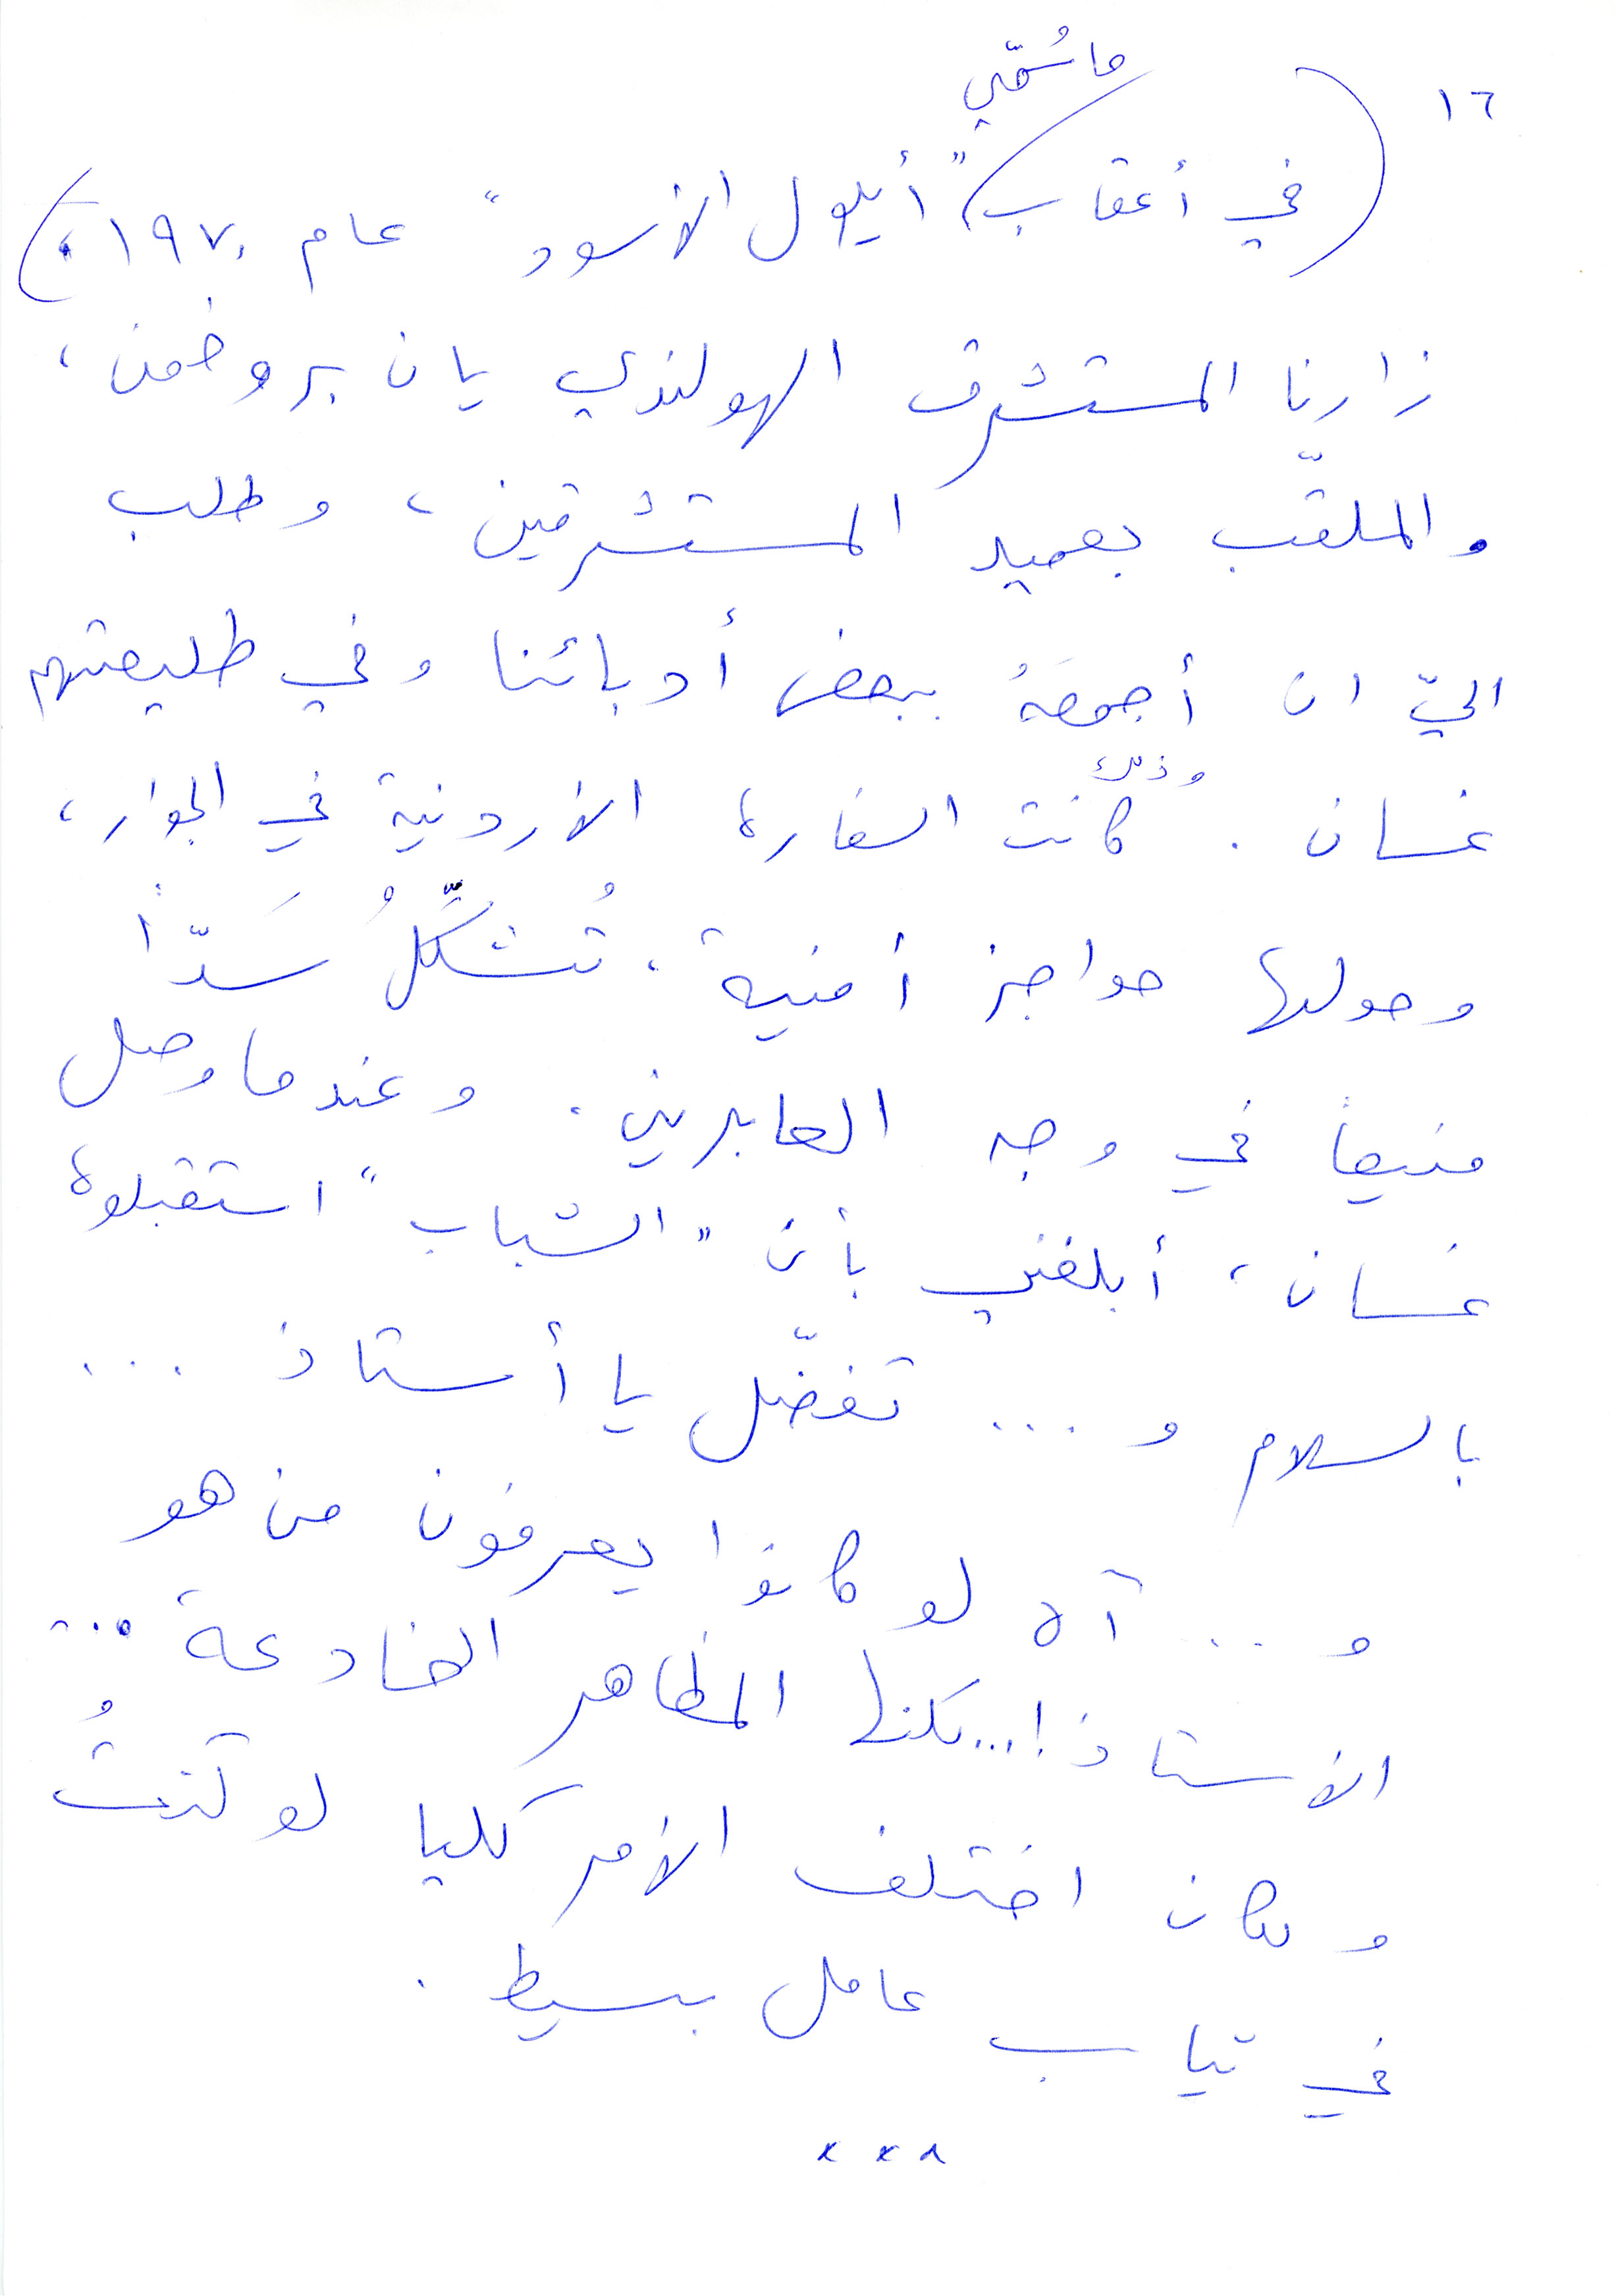
ما سمّي
١٦
في أعقاب "أيلول الأسود" عام ١٩٧٠،
زارنا المستشرق الهولندي يان بروضمن،
والملقب بعميد المستشرقين، وطلب
اليّ أن اجمعه ببعض أدبائنا وفي طليعتهم
غسان. وذلك كانت السفارة الأردنية في الجوار،
وحولها حواجز أمنية تشكّل سدًّا
منيعًا في وجه العابرين. وعندما وصل
غسان، ابلغني بأن "الشباب" استقبلوه
بالسلام و... تفضّل يا أستاذ...
و...آه لو كانوا يعرفون من هو
الأستاذ! ... لكنها المظاهر الخادعة...
ولكان اختلف الأمر كليا لو كنتُ
في ثياب عامل بسيط.